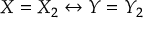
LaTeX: X = X _ { 2 } \leftrightarrow Y = Y _ { 2 }